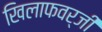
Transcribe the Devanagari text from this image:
खिलाफवर्जी